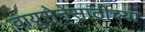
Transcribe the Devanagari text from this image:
वायुसेनेसाठीच्या